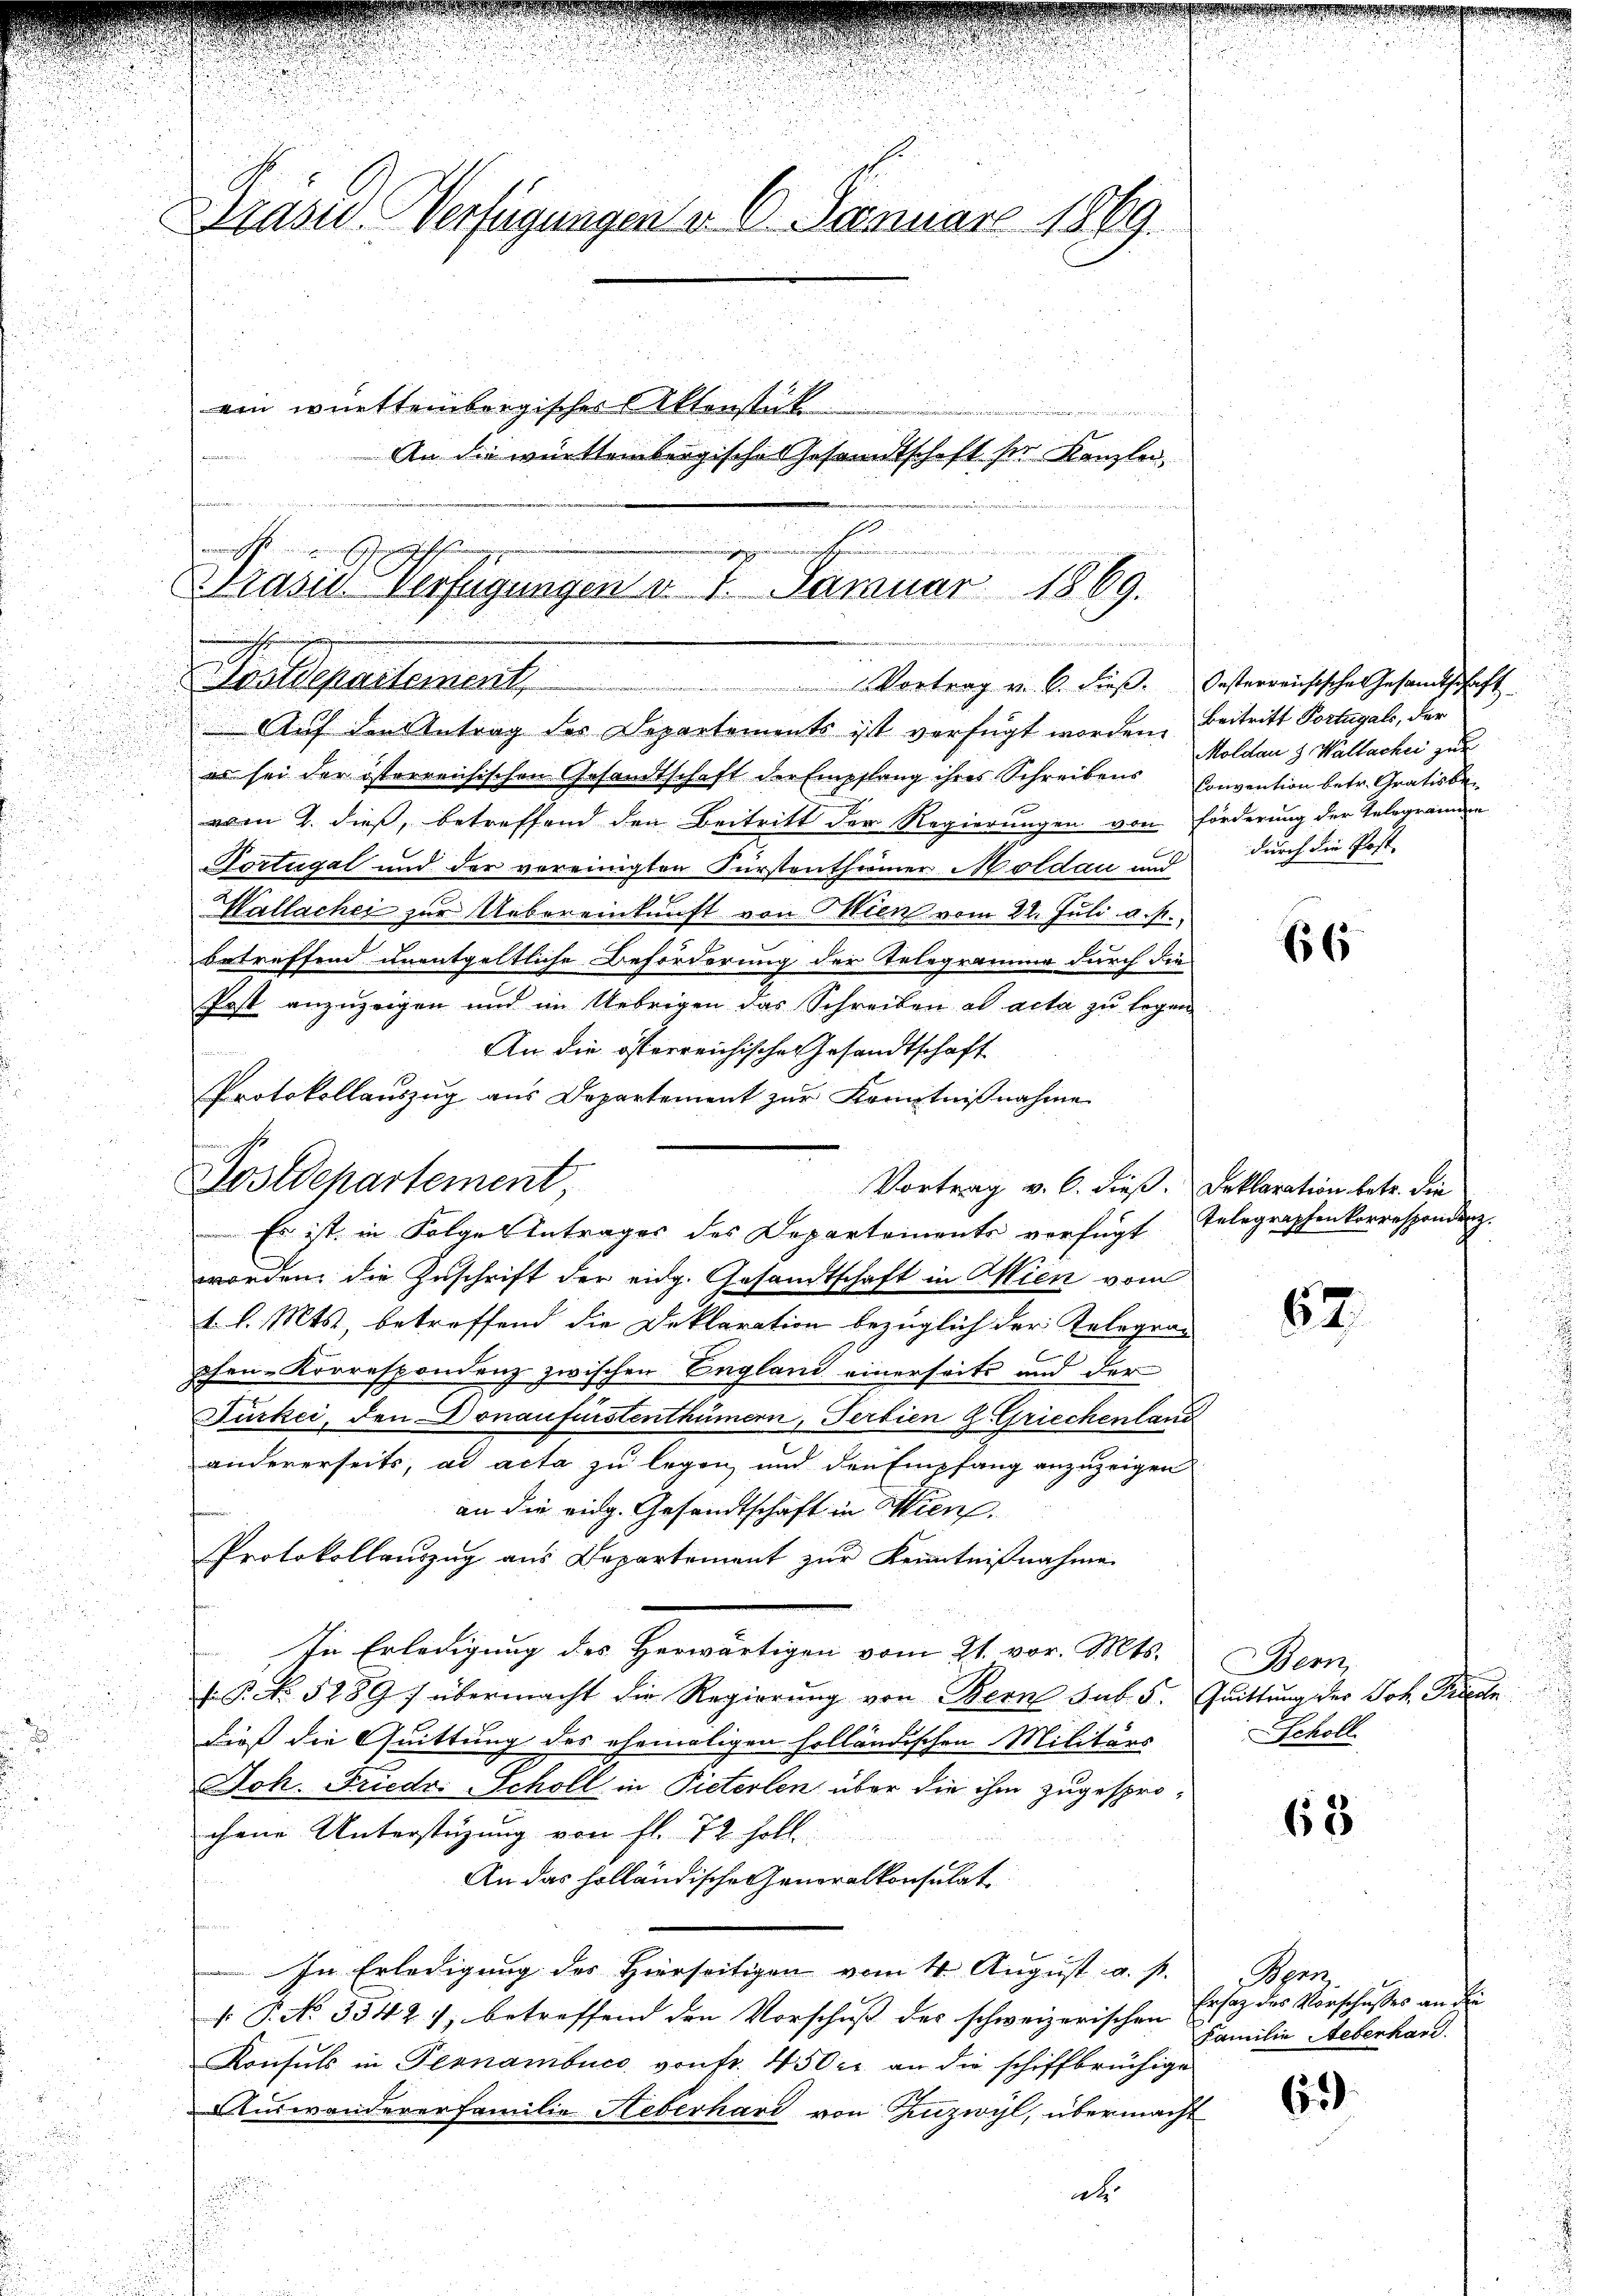
u
.

Kasu Verfügungen v. 3. Januar 1869.
ein württembergisches Aktenstück
An die württembergische Gesandtschaft ser Kanzlei¬

ir

7
Pasis Verfügungen v. 1. Januar 1869.
n
Sedepartement,
Vortrag v. 6. dieß. Oesterreichisches Gesamtschaft

Auf den Antrag des Departements ist verfügt worden. Beitritt Portugals, der
es sei der österreichischen Gesandtschaft der Empflang ihres Schreibens Convention betr. Gratis be
vom 2. dieß, betreffend den Beitritt der Regierungen von Förderung der Telegrammen
Portugal und der vereinigten Fürstenthümer Moldau und durch die Post-
Wallachei zur Uebereinkunft von Wien vom 22. Juli v. M.,
betreffend unentgeltliche Beförderung der Telegramme durch die
Post anzuzeigen und im Uebrigen das Schreiben ad acta zu legen
An die österreichische Gesandtschaft

Protokollauszug aus Departement zur Kenntnißnahme
Postdepartement,
Vortrag v. 6. dieß. Deklaration betr. die
worden, die Zuschrift der eidg. Gesandtschaft in Wien vom
1. l. Mts., betreffend die Deklaration bezüglich der Telegraf
phen-Korrespondenz zwischen England einerseits und der
Fürkei, den Donaufistenthümern, Serbien 2. Griechenland
andererseits, ad acta zu legen, und den Empfang anzuzeigen
an die eidg. Gesandtschaft in Wien.
Protokollauszug aus Departement zur Kenntnißnahme
In Erledigung des Herwärtigen vom 21. vor. Mts.
. P. No. 5289) übermacht die Regierung von Bern sub. 5. Quittung der Joh. Prieche
dieß die Quittung des ehemaligen holländischen Militärs
Joh. Friedr. Scholl in Pieterlen über die ihm zugesprochene Unterstüzung von fl. 72 soll
An das holländische Generalkonsulat
In Erledigung der Hierseitigen vom 4. August a. p.
 P. No. 3542), betreffend den Vorschuß des schweizerischen
Konsuls in Pennambuce von fr. 450 er an die schiffbrüchige
Auswandererfamilie Heberhard von Zuzwyl, übermacht
d
d
d

Es ist, in Folge Antrages des Departements verfügt

Moldau & Wallachei zur

66

Telegraphenkorrespondenz.

67

Bern,
Scholl

68

Aern
Ersatz des Vorschusses an den
Familie Aeberhard.

63